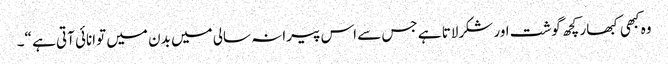
وہ کبھی کبھار کچھ گوشت اور شکرلاتا ہے جس سے اس پیرانہ سالی میں بدن میں توانائی آتی ہے “۔